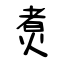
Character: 煑